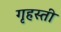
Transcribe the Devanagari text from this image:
गृहस्ती